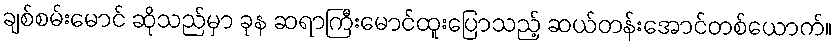
ချစ်စမ်းမောင် ဆိုသည်မှာ ခုန ဆရာကြီးမောင်ထူးပြောသည့် ဆယ်တန်းအောင်တစ်ယောက်။